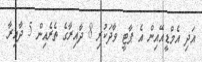
އަދި އެމްޑީއޭއިން އެ ޕާޓީ ވާދަކުރި 8 ދާއިރާގެ ތެރެއިން 5 ދާއިރާ